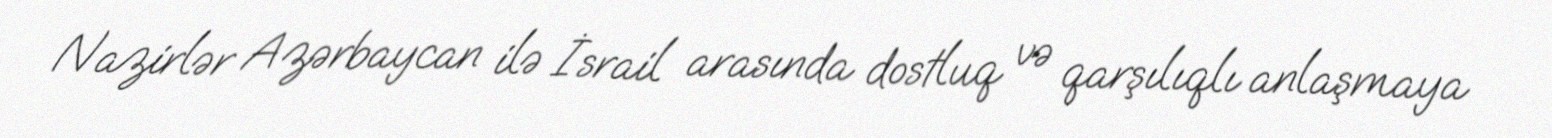
Nazirlər Azərbaycan ilə İsrail arasında dostluq və qarşılıqlı anlaşmaya